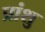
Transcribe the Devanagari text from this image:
प्रांशु